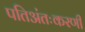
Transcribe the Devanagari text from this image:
पतिअंतःकरणी